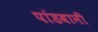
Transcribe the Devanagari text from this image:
पांडवानी